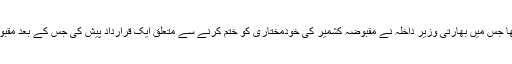
خیال رہے کہ مقبوضہ کشمیر کی صورتحال پر بھارتی پارلیمنٹ کا اجلاس ہوا تھا جس میں بھارتی وزیر داخلہ نے مقبوضہ کشمیر کی خودمختاری کو ختم کرنے سے متعلق ایک قرارداد پیش کی جس کے بعد مقبوضہ کشمیر سے متعلق آرٹیکل 370 کی ایک کے سوا باقی تمام شقیں ختم کردیں۔